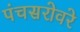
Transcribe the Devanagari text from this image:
पंचसरोवरे